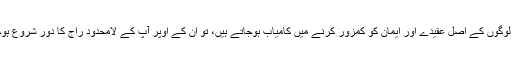
جب آپ لوگوں کے اصل عقیدے اور ایمان کو کمزور کرنے میں کامیاب ہوجاتے ہیں، تو ان کے اوپر آپ کے لامحدود راج کا دور شروع ہوجاتا ہے۔